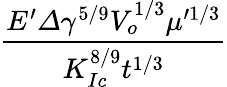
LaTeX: \frac{E^{\prime}\varDelta\gamma^{5/9}V_{o}^{1/3}\mu^{\prime 1/3}}{K_{Ic}^{8/9}t^{1/3}}